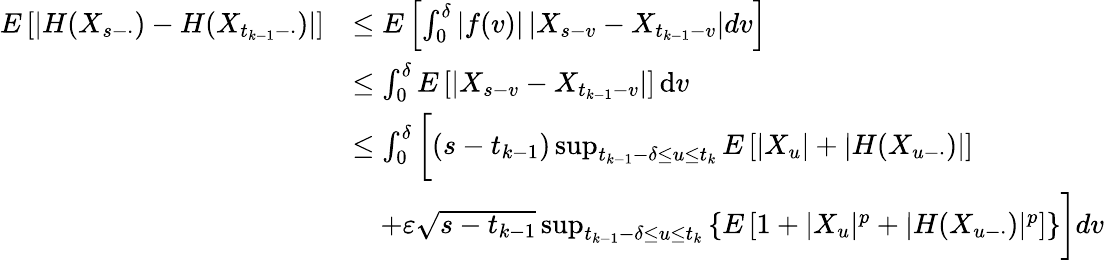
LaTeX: \begin{array}{rl}{E\left[|H(X_{s-\cdot})-H(X_{t_{k-1}-\cdot})|\right]}&{\leq E\left[\int_{0}^{\delta}\left|f(v)\right|\left|X_{s-v}-X_{t_{k-1}-v}\right|dv\right]}\\ &{\leq\int_{0}^{\delta}E\left[\left|X_{s-v}-X_{t_{k-1}-v}\right|\right]\, \mathrm{d}v}\\ &{\leq\int_{0}^{\delta}\bigg[(s-t_{k-1})\operatorname*{sup}_{t_{k-1}-\delta\leq u\leq t_{k}}E\left[\left|X_{u}\right|+\left|H(X_{u-\cdot})\right|\right]}\\ &{\quad+\varepsilon\sqrt{s-t_{k-1}}\operatorname*{sup}_{t_{k-1}-\delta\leq u\leq t_{k}}\left\{ E\left[1+|X_{u}|^{p}+|H(X_{u-\cdot})|^{p}\right]\right\} \bigg]dv}\end{array}